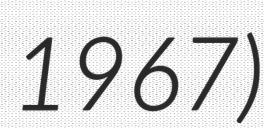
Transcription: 1967)